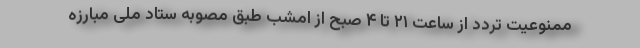
ممنوعیت تردد از ساعت ۲۱ تا ۴ صبح از امشب طبق مصوبه ستاد ملی مبارزه